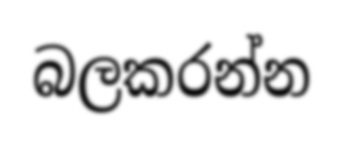
බලකරන්න